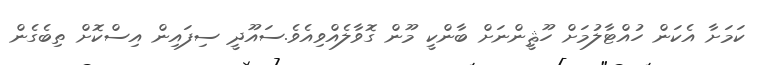
ކަމަށާ އެކަން ހުއްޓާލުމަށް ހޫޘީންނަށް ބާންކީ މޫން ގޮވާލެއްވިއެވެ.ސައޫދީ ސިފައިން އިސްކޮށް ތިބެގެން